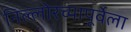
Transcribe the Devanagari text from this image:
निल्लोरच्यापूर्वेला